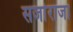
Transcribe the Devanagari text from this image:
सर्जाराजा